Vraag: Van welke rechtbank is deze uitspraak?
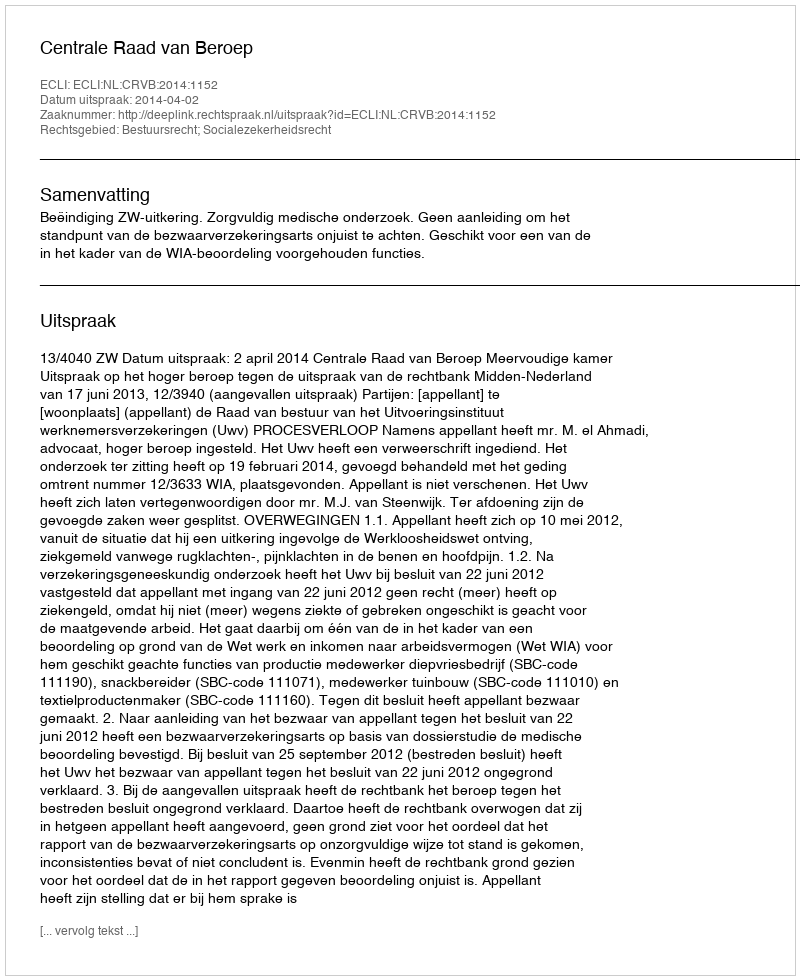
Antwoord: Centrale Raad van Beroep